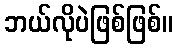
ဘယ်လိုပဲဖြစ်ဖြစ်။